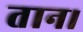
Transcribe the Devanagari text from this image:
तान।